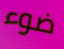
ضوء